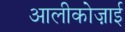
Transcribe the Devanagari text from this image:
आलीकोज़ाई